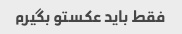
فقط باید عکستو بگیرم